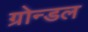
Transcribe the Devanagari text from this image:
ग्रोन्डल